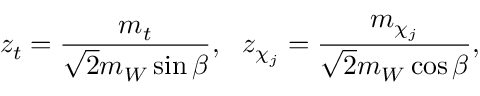
z _ { t } = \frac { m _ { t } } { \sqrt { 2 } m _ { W } \sin \beta } , ~ ~ z _ { \chi _ { j } } = \frac { m _ { \chi _ { j } } } { \sqrt { 2 } m _ { W } \cos \beta } ,